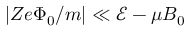
| Z e \Phi _ { 0 } / m | \ll \mathcal { E } - \mu B _ { 0 }